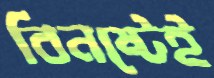
বিনষ্টেই